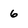
Character: 6